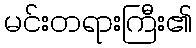
မင်းတရားကြီး၏